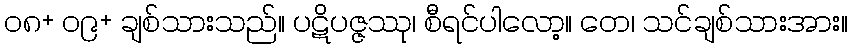
၀၈+ ၀၉+ ချစ်သားသည်။ ပဋိပဇ္ဇဿု၊ စီရင်ပါလော့။ တေ၊ သင်ချစ်သားအား။